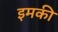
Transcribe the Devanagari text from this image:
इमकी